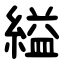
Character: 縊